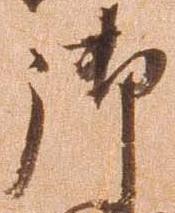
御